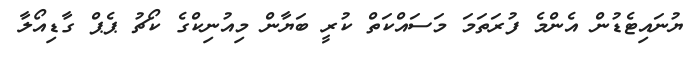
ޔުނައިޓެޑުން އެންމެ ފުރަތަމަ މަސައްކަތް ކުރީ ބަޔާން މިއުނިކްގެ ކޯޗު ޕެޕް ގާޑިއޯލާ